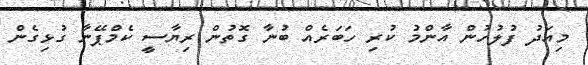
މިއަދު ފުލުހުން އާންމު ކުރި ހަބަރެއް ބުނާ ގޮތުން ރިޔާސީ ކެމްޕޭނާ ގުޅިގެން